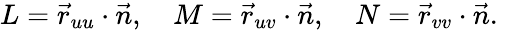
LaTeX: L={\vec{r}}_{uu}\cdot{\vec{n}},\quad M={\vec{r}}_{uv}\cdot{\vec{n}},\quad N={\vec{r}}_{vv}\cdot{\vec{n}}.\quad